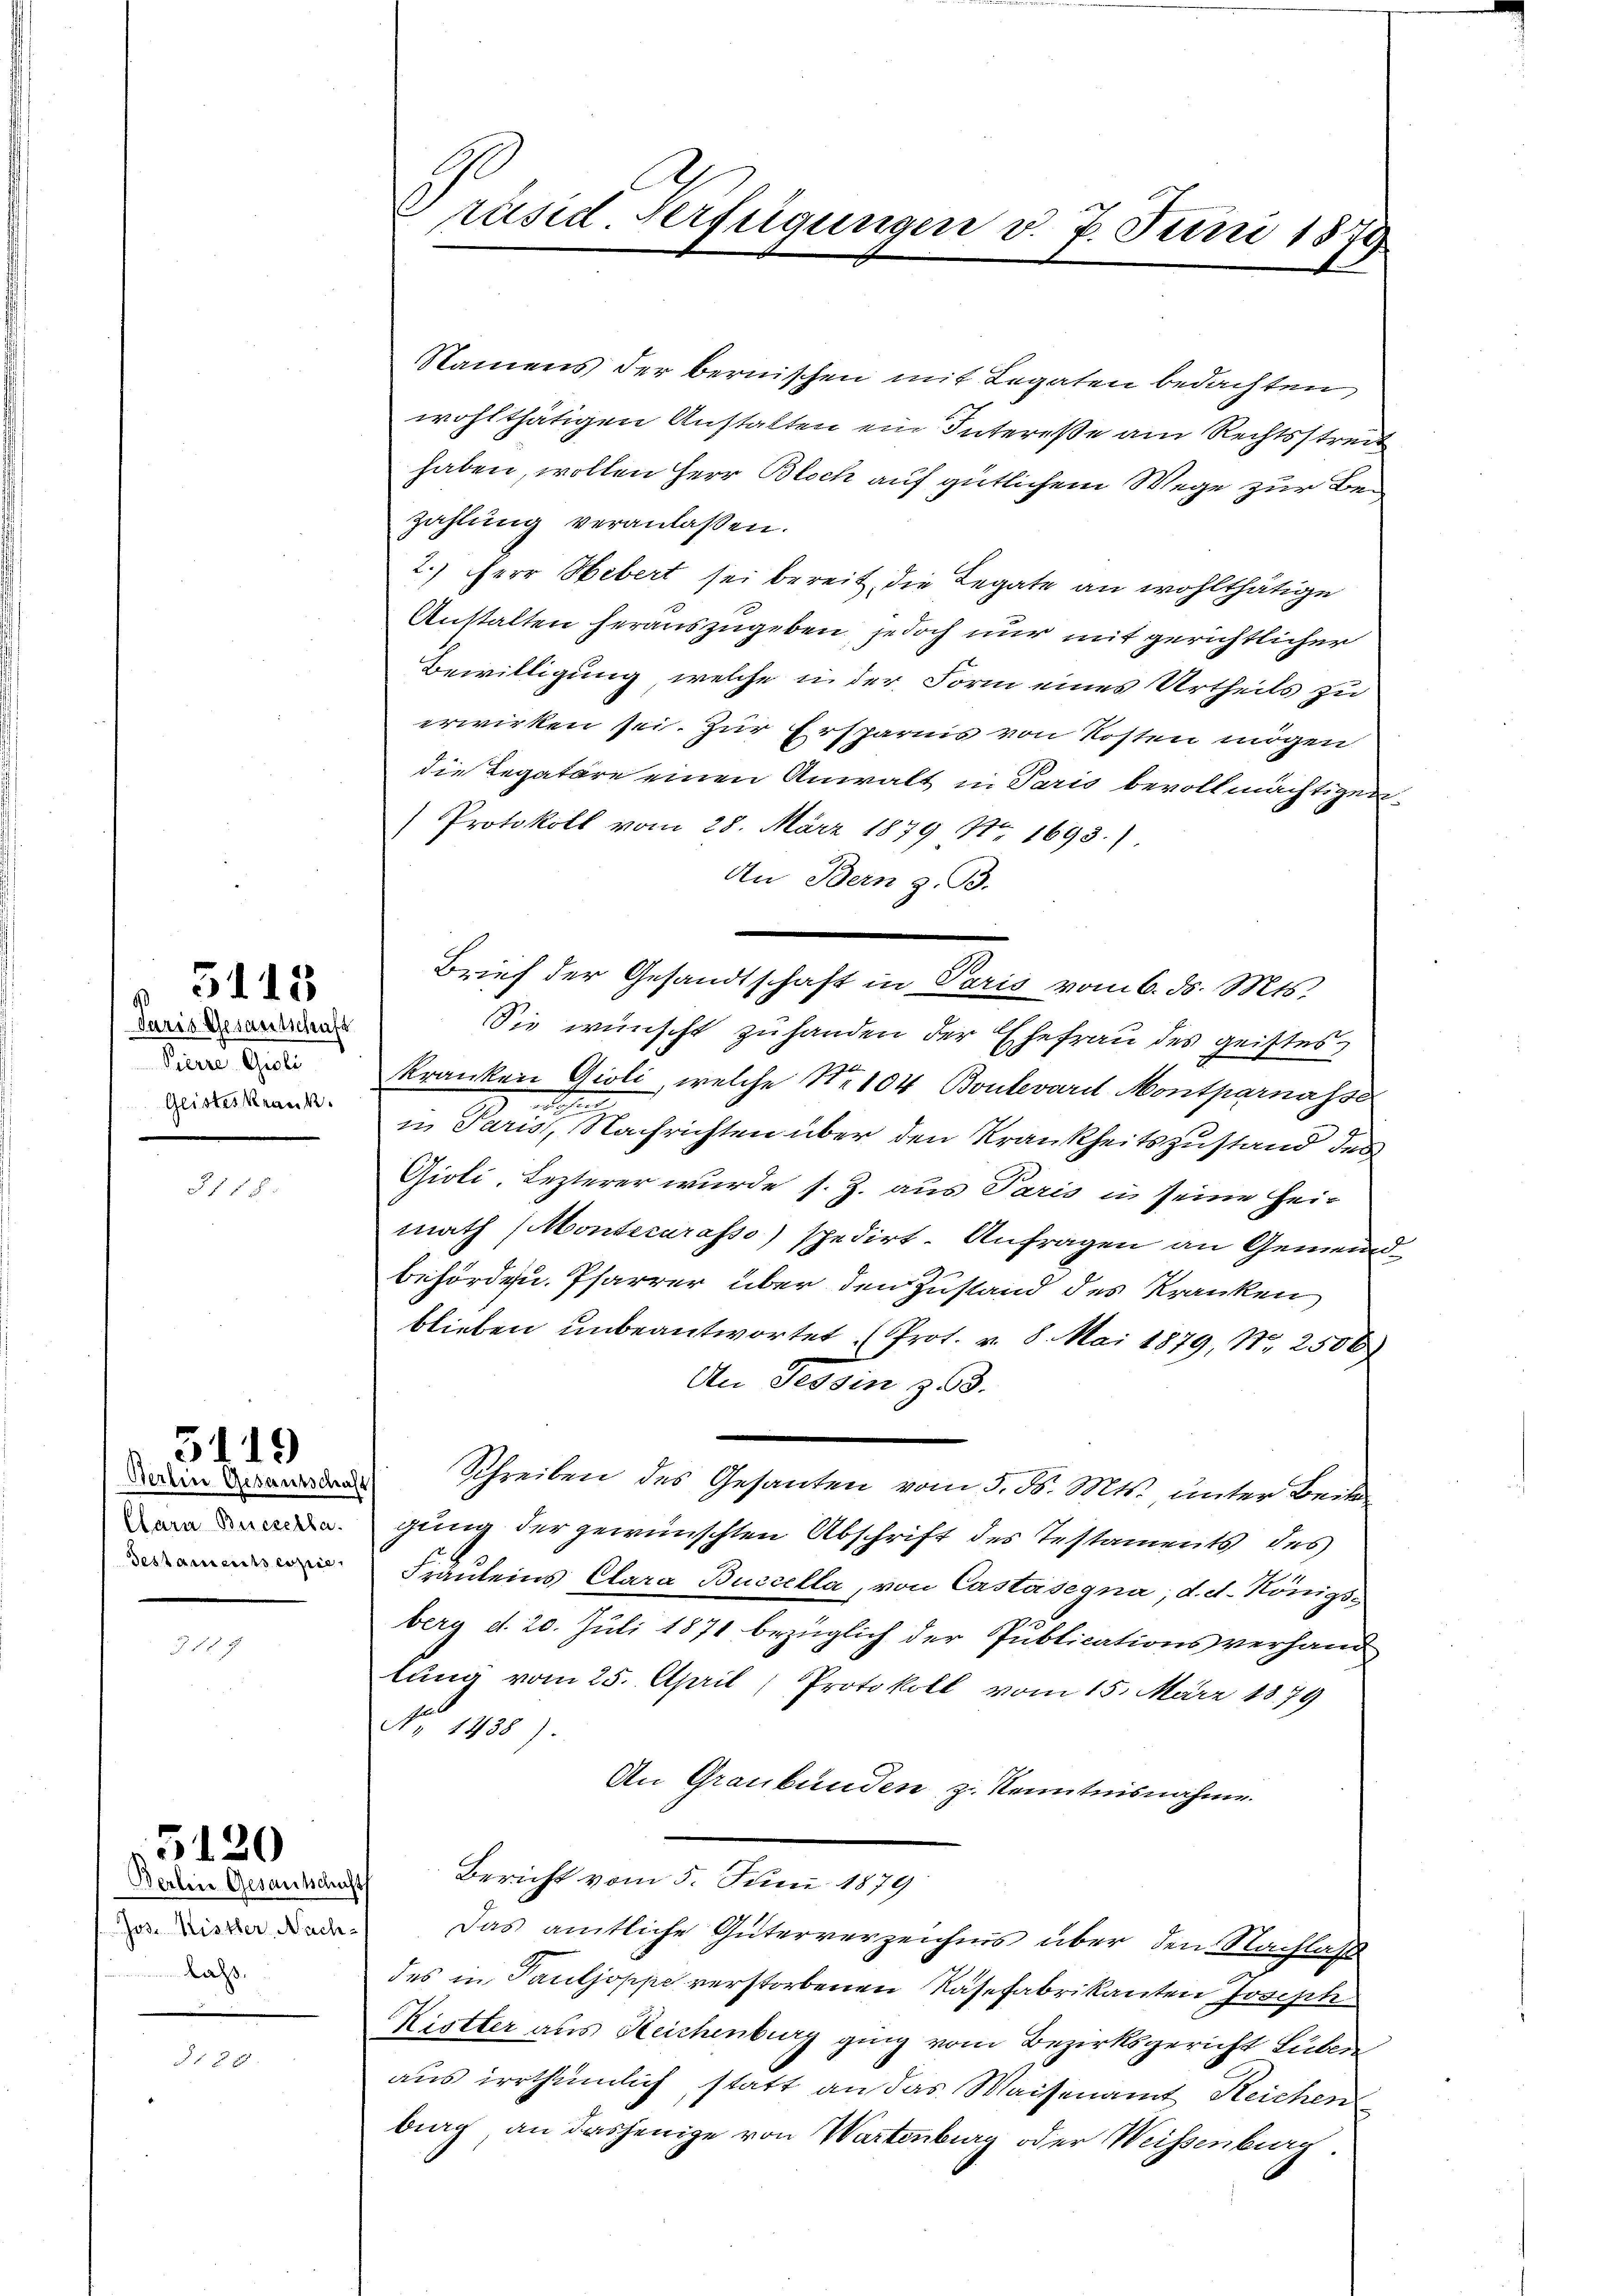
Paris Gesamtschaft
Pierre Gioli
Geisteskrank.

3118.

5118

Clara Buczella.
Gestanischs erzie

5119

5120

Berlin Gesande
Jos. Kister, Nach-
Lal.

Präsid. Verfügungen v. 7. Juni 1879

Namens der bernischen mit Legaten bedachten,
wohlthätigen Anstalten ein Intereße am Rechtsstreit
haben, wollen Herr Bloch auf gütlichem Wege zur Bezahlung veranlassen.
2.) Herr Hebert sei bereit, die Legate an wohlthätige
Anstalten herauszugeben, jedoch nur mit gerichtlicher
Bewilligung, welche in der Form eines Urtheils zu
erwirken sei. Zur Ersparnis von Kosten mögen
die Legatare einen Anwalt in Paris bevollmächtigen
Protokoll vom 28. März 1879 Nr 1693.)
An Bern z. B.
Brief der Gesandtschaft in Paris vom 6. ds. Mts.
Sie wünscht zu handen der Ehefrau des geistes
t
kranken Gioli, welche No 104 Boulevard Montparnasse
het.
i. Paris, Nachrichten über den Krankheitszustand des
Gioli. Lezterer wurde s. Z. aus Paris in seine Hei-
math (Montecarasso) spedirt. Anfragen an Gemeindbehörden. Pfarrer über den Zustand des Kranken
blieben unbeantwortet (Prot. v. 8. Mai 1879, Nr. 2500
An Tessin zu 3.
 Schreiben des Gesanten vom 3. d. Mts. unter Beite
gung der gewünschten Abschrift des Testaments des
Fräuleins Clara Buccella, von Castasegna, d. d. Königs
berg d. 20. Juli 1871 bezüglich der Publicationsverhand
lung vom 25. April, Protokoll vom 15. März 1879
No. 1938).
An Graubünden zu Kenntnisnahme
Bericht vom 5. Juni 1879
e
Das amtliche Güterverzeichnis über den Nachlaß
des in Pauljoppe verstorbenen Nasefabrikanten Joseph
Krotter aus Reichenburg ging vom Bezirksgericht Lubi
aus irrthümlich statt an das Waisenamt Reichen
big an dasjenige von Wartenburg oder Weissenburg